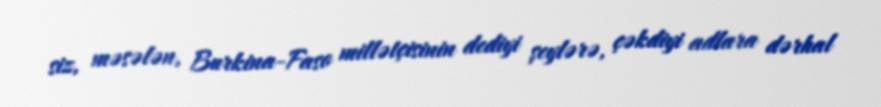
siz, məsələn, Burkina-Faso millətçisinin dediyi şeylərə, çəkdiyi adlara dərhal